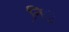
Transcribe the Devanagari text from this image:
नि़़॒